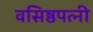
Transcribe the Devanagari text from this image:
वसिष्ठपत्नी